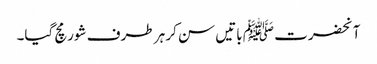
آنحضرت ﷺ باتیں سن کر ہر طرف شور مچ گیا۔